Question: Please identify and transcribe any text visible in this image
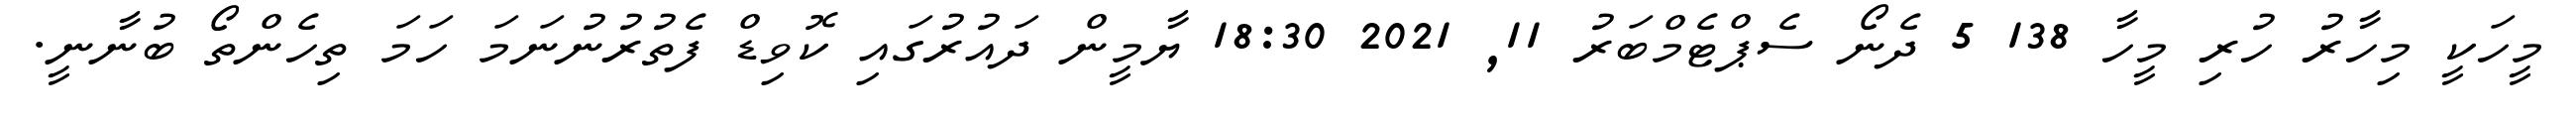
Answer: މީހަކީ މިހާރު ހުރި މީހާ 138 5 ދެނޯ ސެޕްޓެމްބަރު 11, 2021 18:30 ޔާމީން ދައުރުގައި ކޮވިޑް ފެތުރުނުނަމަ ހަމަ ތިހެންތޯ ބުނާނީ.